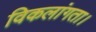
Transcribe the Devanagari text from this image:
विकलांगता।